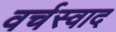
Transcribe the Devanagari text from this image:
वर्चस्वाद